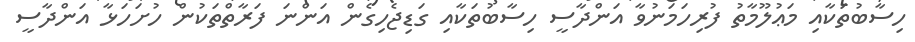
ހިސާބުތަކާއި މަޢުލޫމާތު ފުރިހަމަނުވާ އަންދާސީ ހިސާބުތަކާއި ގަޑިޖެހިގެން އަންނަ ފަރާތްތަކުން ހުށަހަޅާ އަންދާސީ